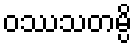
ဝဿသတမ္ပိ